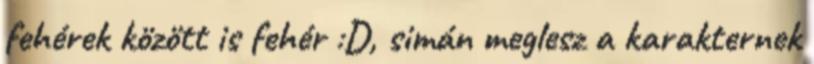
fehérek között is fehér :D, simán meglesz a karakternek